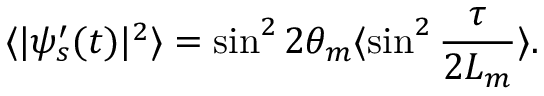
\langle | \psi _ { s } ^ { \prime } ( t ) | ^ { 2 } \rangle = \sin ^ { 2 } 2 \theta _ { m } \langle \sin ^ { 2 } { \frac { \tau } { 2 L _ { m } } } \rangle .